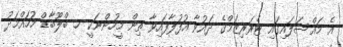
އެ މައްސަލައިގައި ޓެރަރިޒަމްގެ ދައުވާ އުފުލާފައިވާ ތިން މީހުންނަކީ ހ. ބްލޫބާޑް މުހައްމަދު